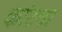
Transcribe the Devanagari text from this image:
कांटचा